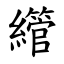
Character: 䌣